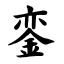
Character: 銮